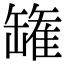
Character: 𮉸